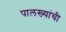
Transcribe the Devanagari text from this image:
पालख्यांची